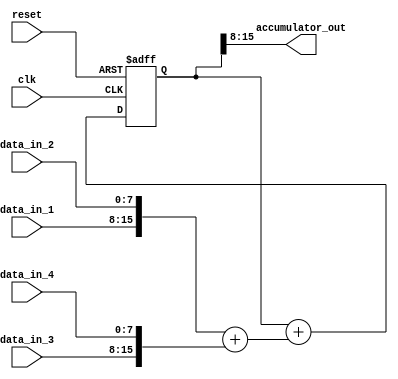
module parallel_accumulator (
  input wire clk,
  input wire reset,
  input wire [7:0] data_in_1,
  input wire [7:0] data_in_2,
  input wire [7:0] data_in_3,
  input wire [7:0] data_in_4,
  output wire [7:0] accumulator_out
);

reg [15:0] accumulator;

always @ (posedge clk or posedge reset) begin
  if (reset) begin
    accumulator <= 16'h0000;
  end else begin
    accumulator <= accumulator + ({data_in_1, data_in_2} + {data_in_3, data_in_4});
  end
end

assign accumulator_out = accumulator[15:8];

endmodule